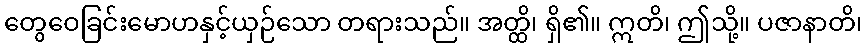
တွေဝေခြင်းမောဟနှင့်ယှဉ်သော တရားသည်။ အတ္ထိ၊ ရှိ၏။ ဣတိ၊ ဤသို့။ ပဇာနာတိ၊